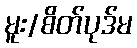
မူး/စိတ်ပုဒ်မ